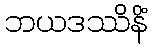
ဘယဒဿိနိံ